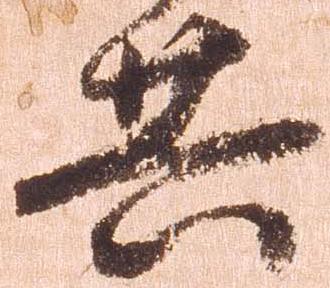
共